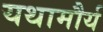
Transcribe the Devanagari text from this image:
यथामौर्य